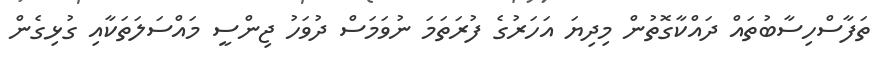
ތަފާސްހިސާބުތައް ދައްކާގޮތުން މިދިޔަ އަހަރުގެ ފުރަތަމަ ނުވަމަސް ދުވަހު ޖިންސީ މައްސަލަތަކާއި ގުޅިގެން